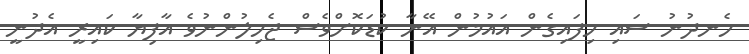
ހެނދުނު ސައި ހިފައިގެން އައުމުން އޭނާ ކުޑަކޮށްވެސް ޖެހިލުންނުވެ އާފިޔާ ކައިރީ އެދުނީ